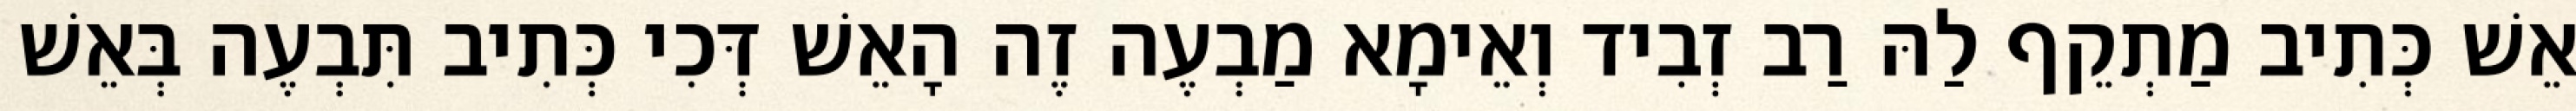
אֵשׁ כְּתִיב מַתְקֵף לַהּ רַב זְבִיד וְאֵימָא מַבְעֶה זֶה הָאֵשׁ דְּכִי כְּתִיב תִּבְעֶה בְּאֵשׁ